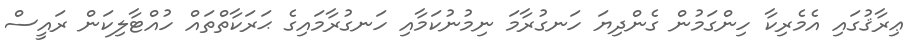
ޢިރާޤުގައި އެމެރިކާ ހިންގަމުން ގެންދިޔަ ހަނގުރާމަ ނިމުނުކަމާއި ހަނގުރާމައިގެ ޙަރަކާތްތައް ހުއްޓާލިކަން ރައީސް